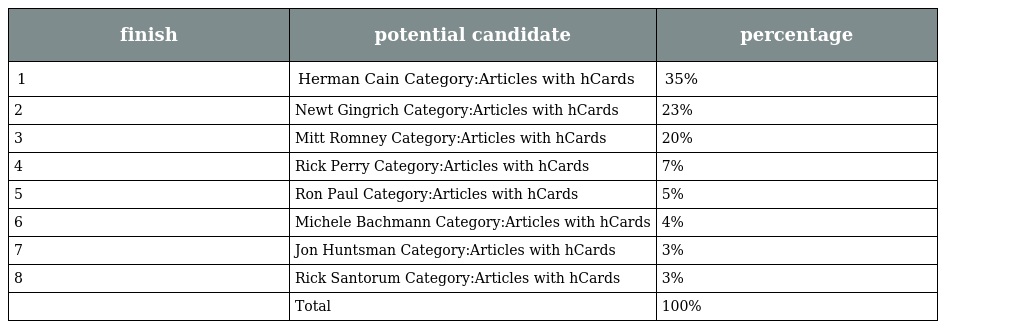
| finish | potential candidate | percentage |
 | --- | --- | --- |
 | 1 | Herman Cain Category:Articles with hCards | 35% |
 | 2 | Newt Gingrich Category:Articles with hCards | 23% |
 | 3 | Mitt Romney Category:Articles with hCards | 20% |
 | 4 | Rick Perry Category:Articles with hCards | 7% |
 | 5 | Ron Paul Category:Articles with hCards | 5% |
 | 6 | Michele Bachmann Category:Articles with hCards | 4% |
 | 7 | Jon Huntsman Category:Articles with hCards | 3% |
 | 8 | Rick Santorum Category:Articles with hCards | 3% |
 |  | Total | 100% |